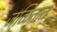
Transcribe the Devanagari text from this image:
जळितात